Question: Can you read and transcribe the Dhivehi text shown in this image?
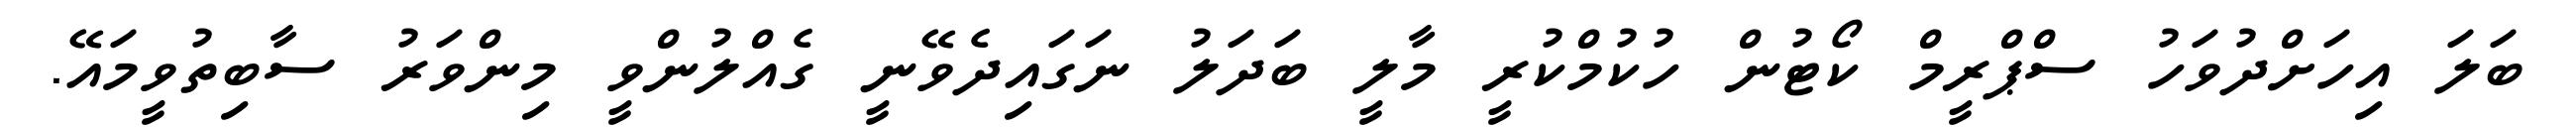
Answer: ބަލަ އިހަށްދުވަހު ސްޕްރީމް ކޯޓުން ހުކުމްކުރީ މާލީ ބަދަލު ނަގައިދެވޭނީ ގެއްލުންވީ މިންވަރު ސާބިތުވީމައޭ.